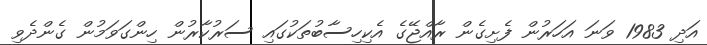
އަދި 1983 ވަނަ އަހަރުން ފެށިގެން ރާއްޖޭގެ އެކިހިސާބުތަކުގައި ސަރުކާރުން ހިންގަވަމުން ގެންދެވި